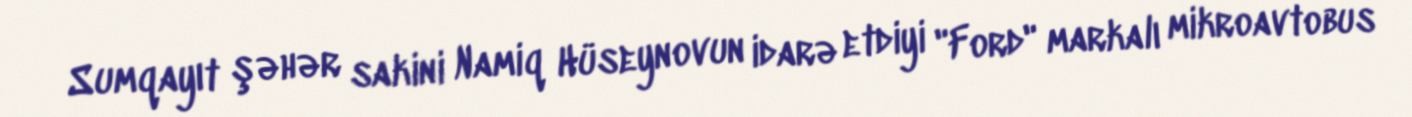
Sumqayıt şəhər sakini Namiq Hüseynovun idarə etdiyi "Ford" markalı mikroavtobus